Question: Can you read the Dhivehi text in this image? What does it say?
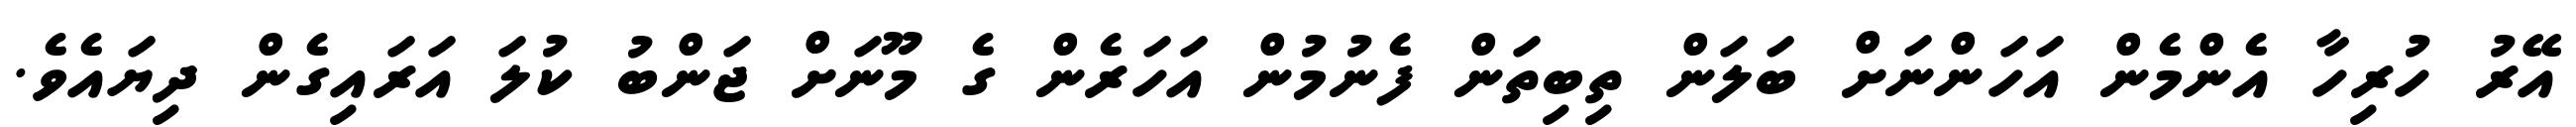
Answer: އޭރު ހުރިހާ އެންމެން އަހަންނަށް ބަލަން ތިބިތަން ފެނުމުން އަހަރެން ގެ މޫނަށް ޖަންބު ކުލަ އަރައިގެން ދިޔައެވެ.